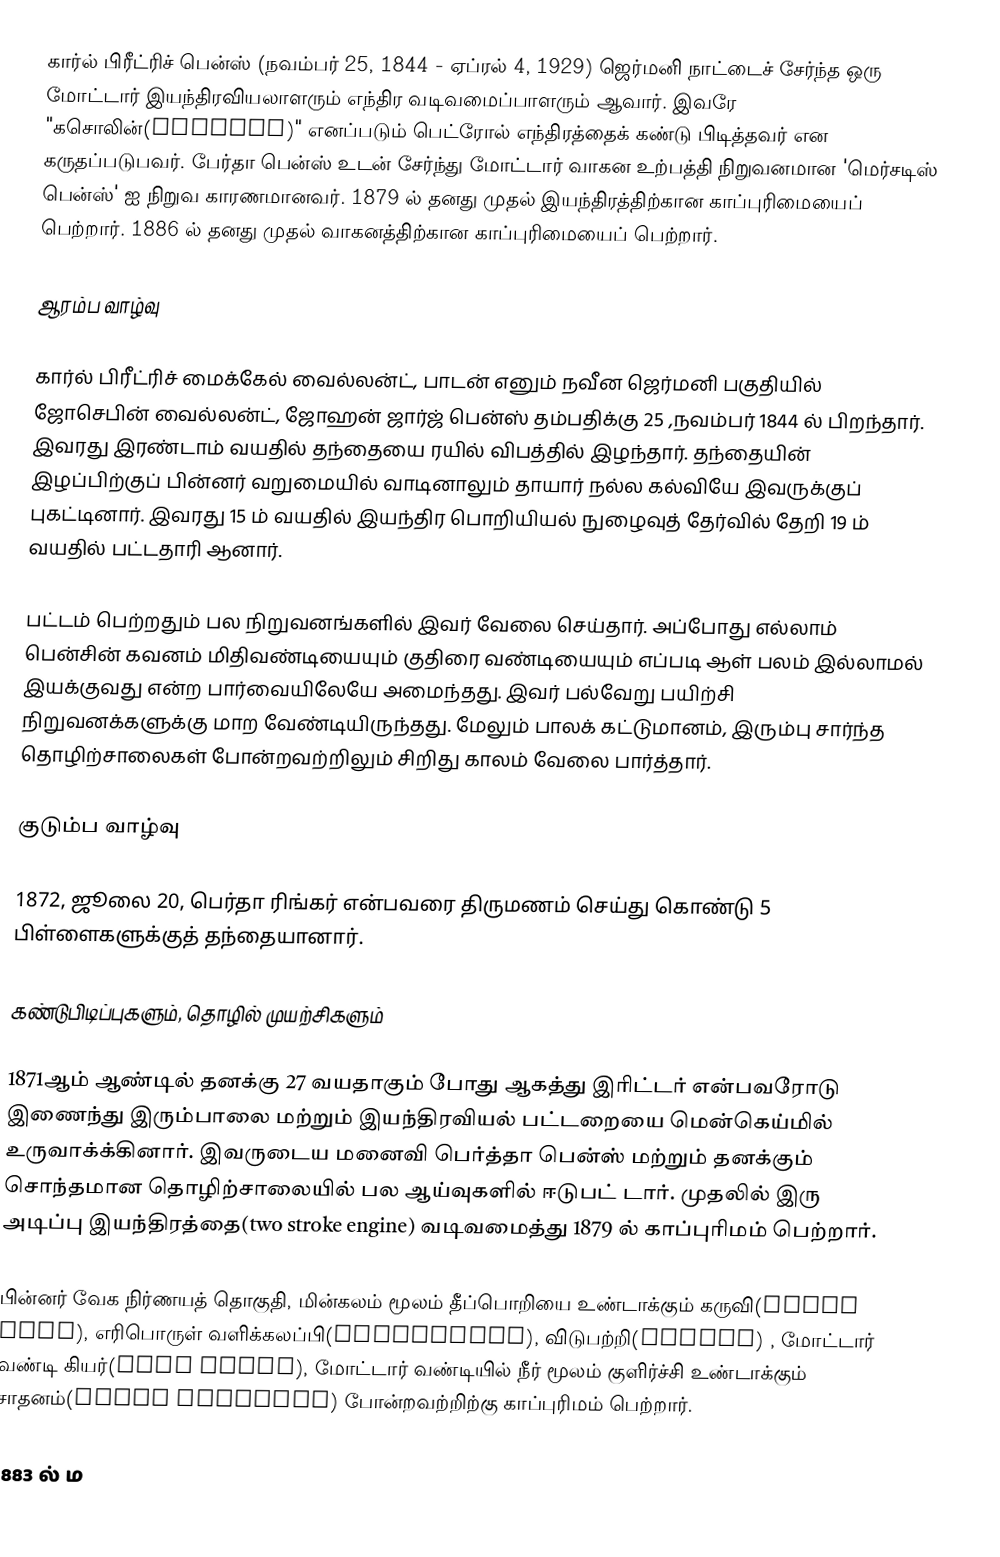
கார்ல் பிரீட்ரிச் பென்ஸ் (நவம்பர் 25, 1844 - ஏப்ரல் 4, 1929) ஜெர்மனி நாட்டைச் சேர்ந்த ஒரு மோட்டார் இயந்திரவியலாளரும் எந்திர வடிவமைப்பாளரும் ஆவார். இவரே "கசொலின்(gasolin)" எனப்படும் பெட்ரோல் எந்திரத்தைக் கண்டு பிடித்தவர் என கருதப்படுபவர். பேர்தா பென்ஸ் உடன் சேர்ந்து மோட்டார் வாகன உற்பத்தி நிறுவனமான 'மெர்சடிஸ் பென்ஸ்' ஐ நிறுவ காரணமானவர். 1879 ல் தனது முதல் இயந்திரத்திற்கான காப்புரிமையைப் பெற்றார். 1886 ல்  தனது முதல் வாகனத்திற்கான  காப்புரிமையைப் பெற்றார்.

ஆரம்ப வாழ்வு

கார்ல் பிரீட்ரிச் மைக்கேல் வைல்லன்ட், பாடன் எனும் நவீன ஜெர்மனி பகுதியில்  ஜோசெபின் வைல்லன்ட், ஜோஹன் ஜார்ஜ் பென்ஸ் தம்பதிக்கு 25 ,நவம்பர் 1844 ல் பிறந்தார். இவரது இரண்டாம் வயதில் தந்தையை ரயில் விபத்தில் இழந்தார். தந்தையின் இழப்பிற்குப் பின்னர் வறுமையில் வாடினாலும் தாயார் நல்ல கல்வியே இவருக்குப் புகட்டினார். இவரது 15 ம் வயதில் இயந்திர பொறியியல் நுழைவுத் தேர்வில் தேறி 19 ம் வயதில் பட்டதாரி ஆனார்.

பட்டம் பெற்றதும் பல நிறுவனங்களில் இவர் வேலை செய்தார். அப்போது எல்லாம் பென்சின் கவனம் மிதிவண்டியையும் குதிரை வண்டியையும் எப்படி ஆள் பலம் இல்லாமல் இயக்குவது என்ற பார்வையிலேயே அமைந்தது. இவர் பல்வேறு பயிற்சி நிறுவனக்களுக்கு மாற வேண்டியிருந்தது. மேலும் பாலக் கட்டுமானம், இரும்பு சார்ந்த தொழிற்சாலைகள் போன்றவற்றிலும் சிறிது காலம் வேலை பார்த்தார்.

குடும்ப வாழ்வு

1872, ஜூலை 20, பெர்தா ரிங்கர் என்பவரை திருமணம் செய்து கொண்டு 5 பிள்ளைகளுக்குத் தந்தையானார்.

கண்டுபிடிப்புகளும், தொழில் முயற்சிகளும்

1871ஆம் ஆண்டில் தனக்கு 27 வயதாகும் போது ஆகத்து இரிட்டர் என்பவரோடு இணைந்து இரும்பாலை மற்றும் இயந்திரவியல் பட்டறையை மென்கெய்மில் உருவாக்க்கினார். இவருடைய மனைவி பெர்த்தா பென்ஸ் மற்றும் தனக்கும் சொந்தமான தொழிற்சாலையில் பல ஆய்வுகளில் ஈடுபட் டார். முதலில் இரு அடிப்பு இயந்திரத்தை(two stroke engine) வடிவமைத்து 1879 ல் காப்புரிமம் பெற்றார்.

பின்னர்  வேக நிர்ணயத் தொகுதி, மின்கலம் மூலம் தீப்பொறியை உண்டாக்கும் கருவி(spark plug), எரிபொருள் வளிக்கலப்பி(carburetor),  விடுபற்றி(clutch) , மோட்டார் வண்டி கியர்(gear shift),  மோட்டார் வண்டியில் நீர் மூலம் குளிர்ச்சி உண்டாக்கும் சாதனம்(water radiator) போன்றவற்றிற்கு காப்புரிமம் பெற்றார்.

1883 ல் ம